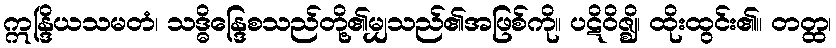
ဣန္ဒြိယသမတံ၊ သဒ္ဓိန္ဒြေစသည်တို့၏မျှသည်၏အဖြစ်ကို။ ပဋိဝိဇ္ဈိ၊ ထိုးထွင်း၏။ တတ္ထ၊